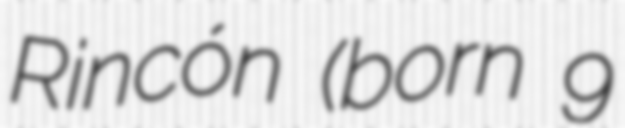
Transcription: Rincón (born 9